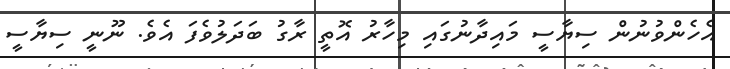
އެހެންވުނުން ސިޔާސީ މައިދާނުގައި މިހާރު އޮތީ ރާގު ބަދަލުވެފަ އެވެ. ނޫނީ ސިޔާސީ